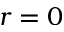
r = 0